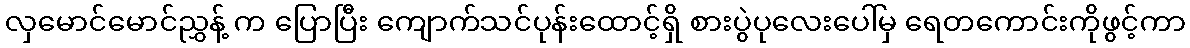
လှမောင်မောင်ညွှန့် က ပြောပြီး ကျောက်သင်ပုန်းထောင့်ရှိ စားပွဲပုလေးပေါ်မှ ရေတကောင်းကိုဖွင့်ကာ